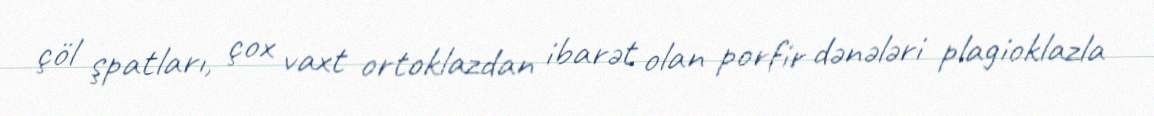
çöl şpatları, çox vaxt ortoklazdan ibarət olan porfir dənələri plagioklazla